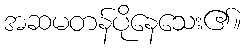
အဆမတန်ပိုနေသေး၏။